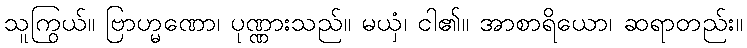
သူကြွယ်။ ဗြာဟ္မဏော၊ ပုဏ္ဏားသည်။ မယှံ၊ ငါ၏။ အာစာရိယော၊ ဆရာတည်း။